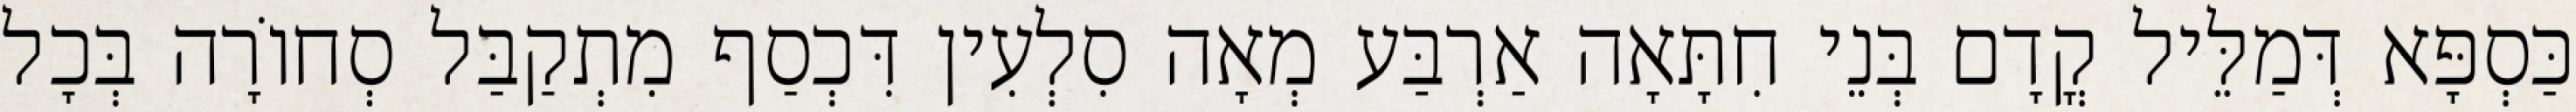
כַּסְפָּא דְּמַלֵּיל קֳדָם בְּנֵי חִתָּאָה אַרְבַּע מְאָה סִלְעִין דִּכְסַף מִתְקַבַּל סְחוֹרָה בְּכָל